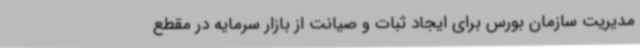
مدیریت سازمان بورس برای ایجاد ثبات و صیانت از بازار سرمایه در مقطع